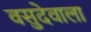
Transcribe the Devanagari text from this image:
वसुदेवाला